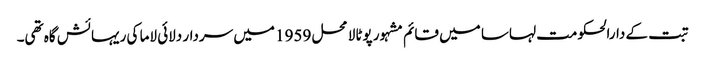
تبت کے دارالحکومت لہاسا میں قائم مشہور پوٹالا محل 1959 میں سردار دلائی لاما کی ریہائش گاہ تھی۔